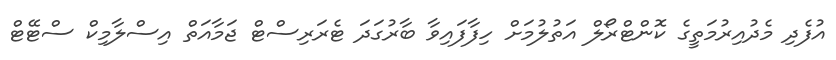
އުފެދި މެދުއިރުމަތީގެ ކޮންޓްރޯލް އަތުލުމަށް ހިފާފައިވާ ބާރުގަދަ ޓެރަރިސްޓް ޖަމާއަތް އިސްލާމިކް ސްޓޭޓް